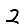
Digit: 2